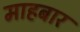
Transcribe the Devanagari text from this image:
माहबार